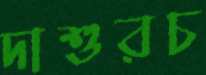
দাশুরচ